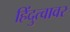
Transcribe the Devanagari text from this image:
हिंदुत्वावर